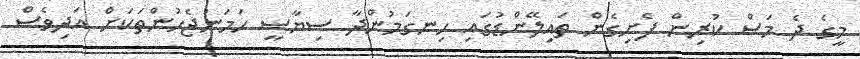
މީގެ ދެ މަސް ކުރިން ފެށިގެން ތައިލޭންޑުގައި ހިނގަމުންދާ ސިޔާސީ ހަމަނުޖެހުންތަކަށް އަދިވެސް